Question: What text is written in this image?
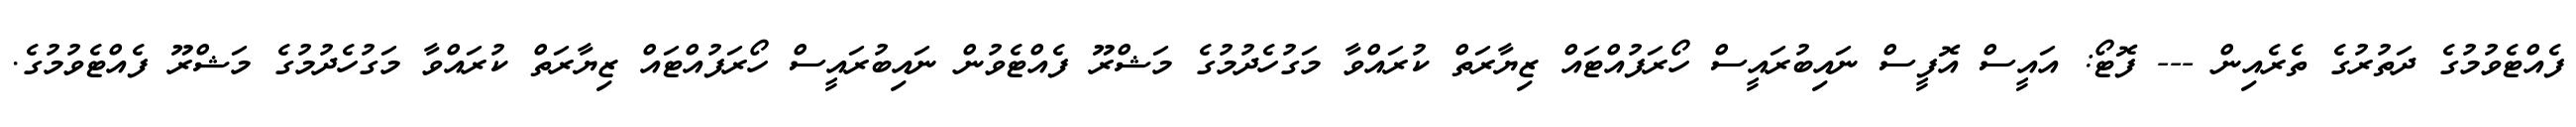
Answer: ފެއްޓެވުމުގެ ދަތުރުގެ ތެރެއިން --- ފޮޓޯ: އައީސް އޮފީސް ނައިބުރައީސް ހޯރަފުއްޓައް ޒިޔާރަތް ކުރައްވާ މަގުހެދުމުގެ މަޝްރޫ ފެއްޓެވުން ނައިބުރައީސް ހޯރަފުއްޓައް ޒިޔާރަތް ކުރައްވާ މަގުހެދުމުގެ މަޝްރޫ ފެއްޓެވުމުގެ.